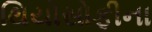
થિયોસોફીના